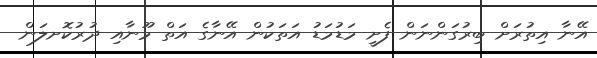
އޭނާ އިތުރަށް ބިރުގަންނަން ފެށީ މަޑުމަޑު އަތަކުން އޭނާގެ އަތް މޫނާއި ދުރުކޮށލަން